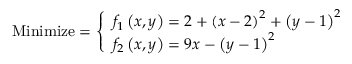
{ \mathrm { M i n i m i z e } } = { \left\{ \begin{array} { l l } { f _ { 1 } \left( x , y \right) = 2 + \left( x - 2 \right) ^ { 2 } + \left( y - 1 \right) ^ { 2 } } \\ { f _ { 2 } \left( x , y \right) = 9 x - \left( y - 1 \right) ^ { 2 } } \end{array} \right. }